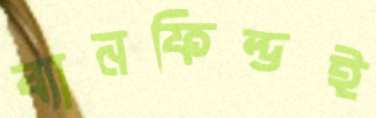
ব্যানফিল্ডই